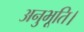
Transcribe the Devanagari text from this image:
अनुभूति।